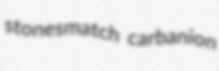
stonesmatch carbanion